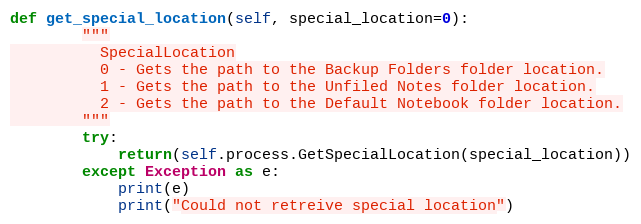
Language: Python
def get_special_location(self, special_location=0):
        """
          SpecialLocation
          0 - Gets the path to the Backup Folders folder location.
          1 - Gets the path to the Unfiled Notes folder location.
          2 - Gets the path to the Default Notebook folder location.
        """
        try:
            return(self.process.GetSpecialLocation(special_location))
        except Exception as e:
            print(e)
            print("Could not retreive special location")